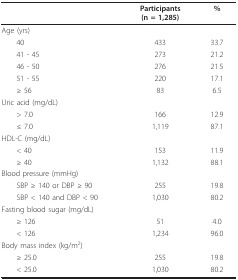
<table><thead><tr><td></td><td><b>Participants(n = 1,285)</b></td><td><b>%</b></td></tr></thead><tbody><tr><td>Age (yrs)</td><td></td><td></td></tr><tr><td> 40</td><td>433</td><td>33.7</td></tr><tr><td> 41 - 45</td><td>273</td><td>21.2</td></tr><tr><td> 46 - 50</td><td>276</td><td>21.5</td></tr><tr><td> 51 - 55</td><td>220</td><td>17.1</td></tr><tr><td> ≥ 56</td><td>83</td><td>6.5</td></tr><tr><td>Uric acid (mg/dL)</td><td></td><td></td></tr><tr><td> &gt; 7.0</td><td>166</td><td>12.9</td></tr><tr><td> ≤ 7.0</td><td>1,119</td><td>87.1</td></tr><tr><td>HDL-C (mg/dL)</td><td></td><td></td></tr><tr><td> &lt; 40</td><td>153</td><td>11.9</td></tr><tr><td> ≥ 40</td><td>1,132</td><td>88.1</td></tr><tr><td>Blood pressure (mmHg)</td><td></td><td></td></tr><tr><td> SBP ≥ 140 or DBP ≥ 90</td><td>255</td><td>19.8</td></tr><tr><td> SBP &lt; 140 and DBP &lt; 90</td><td>1,030</td><td>80.2</td></tr><tr><td>Fasting blood sugar (mg/dL)</td><td></td><td></td></tr><tr><td> ≥ 126</td><td>51</td><td>4.0</td></tr><tr><td> &lt; 126</td><td>1,234</td><td>96.0</td></tr><tr><td>Body mass index (kg/m<sup>2</sup>)</td><td></td><td></td></tr><tr><td> ≥ 25.0</td><td>255</td><td>19.8</td></tr><tr><td> &lt; 25.0</td><td>1,030</td><td>80.2</td></tr></tbody></table>